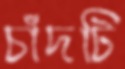
চাঁদটি